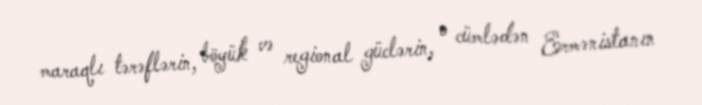
maraqlı tərəflərin, böyük və regional güclərin, o cümlədən Ermənistanın